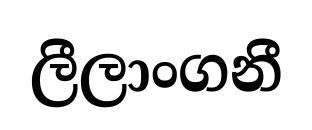
ලීලාංගනී